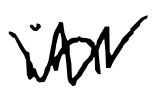
Text: in
Cross-out: mix
Writing tool: digital_black